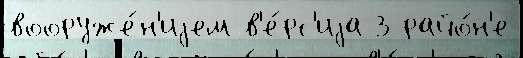
вооруже́н'иjем в'е́рс'иjа 3 райо́н'е